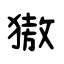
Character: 獓